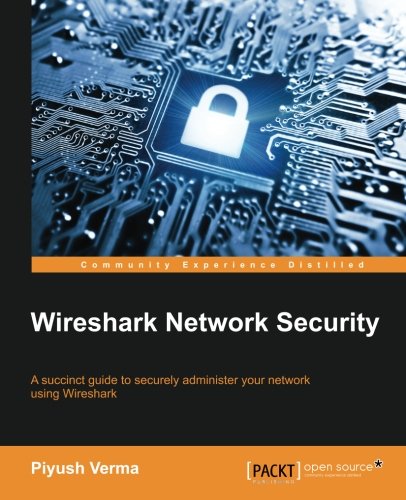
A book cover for Wireshark Network Security; Piyush Verma; Computers & Technology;